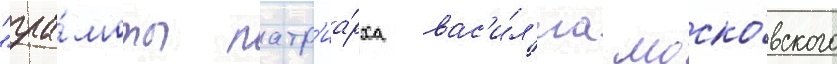
"гра́моты патр'иа́рха вас'и́л'иа моско́вского